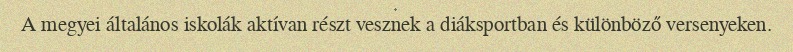
A megyei általános iskolák aktívan részt vesznek a diáksportban és különböző versenyeken.